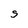
Character: S